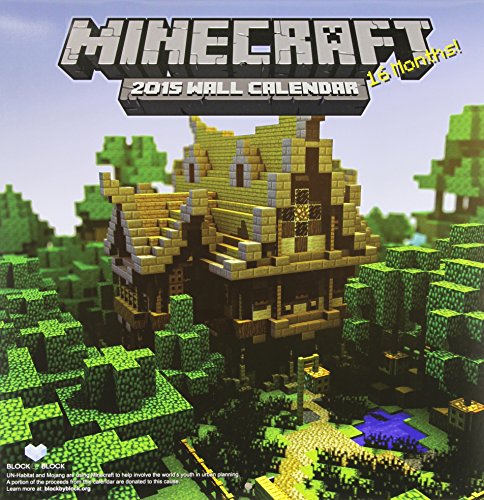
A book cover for Minecraft 2015 Wall Calendar; Trends International; Humor & Entertainment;